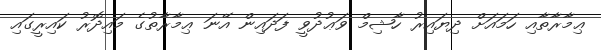
ޢިމާރާތާއި ހަމައަށް ދިޔައިރު ހާޝިމް ވަޢުދުވީ ފަދައިން އޭނަ ޢިމާރާތުގެ މައިދޮރު ކައިރީގައި